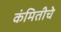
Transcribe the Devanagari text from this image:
कंमितीचे